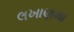
લખાણમા